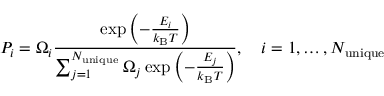
P _ { i } = \Omega _ { i } \frac { \exp { \left( - \frac { E _ { i } } { k _ { \mathrm { B } } T } \right) } } { \sum _ { j = 1 } ^ { N _ { \mathrm { u n i q u e } } } \Omega _ { j } \exp { \left( - \frac { E _ { j } } { k _ { \mathrm { B } } T } \right) } } , \quad i = 1 , \ldots , N _ { \mathrm { u n i q u e } }